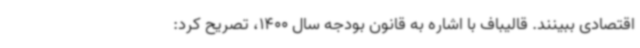
اقتصادی ببینند. قالیباف با اشاره به قانون بودجه سال 1400، تصریح کرد: